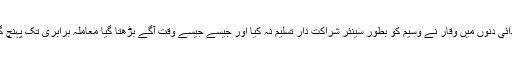
ابتدائی دنوں میں وقار نے وسیم کو بطور سینئر شراکت دار تسلیم نہ کیا اور جیسے جیسے وقت آگے بڑھتا گیا معاملہ برابری تک پہنچ گیا۔